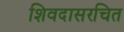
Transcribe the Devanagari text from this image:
शिवदासरचित